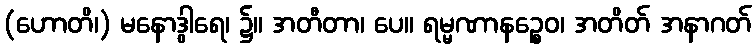
(ဟောတိ၊) မနောဒွါရေ၊ ၌။ အတီတာ၊ ပေ။ ရမ္မဏာနဉ္စေဝ၊ အတိတ် အနာဂတ်